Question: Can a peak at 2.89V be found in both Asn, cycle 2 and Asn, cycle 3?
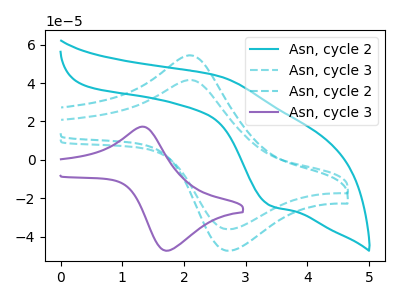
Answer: <think>The cyan curve "Asn, cycle 2" has an anodic peak at (2.55V, 43.70uA) and a cathodic peak at (3.40V, -23.75uA). The cyan dashed curve "Asn, cycle 3" has an anodic peak at (2.10V, 41.60uA) and a cathodic peak at (2.70V, -36.15uA). The cyan dashed curve "Asn, cycle 2" has an anodic peak at (2.10V, 54.45uA) and a cathodic peak at (2.70V, -47.35uA). The purple curve "Asn, cycle 3" has an anodic peak at (1.30V, 17.25uA) and a cathodic peak at (1.75V, -47.30uA).</think>
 <answer>No, "Asn, cycle 2" and "Asn, cycle 3" dont share a peak at 2.89V.</answer>
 <eval>mismatch</eval>